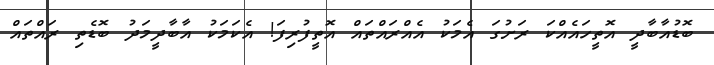
ބޮޑުއާބާދީ އޮތީހައެއްކަ ރަށުގަ އެމަކު އެއްރައްތައް އޮތީފުރިފަ! އެކަމަކު އާބާދީމަދު ބޮޑެތި ރައްތައް